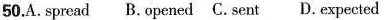
50.A.Spread B.opened C. Sent D.expected